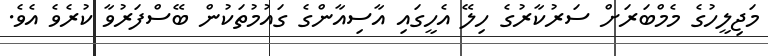
މަޖިލީހުގެ މެމްބަރަށް ސަރުކާރުގެ ހިލޭ އެހީގައި އާސިއާންގެ ގައުމުތަކުން ބޭސްފަރުވާ ކުރެވެ އެވެ.